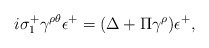
\begin{align*}i\sigma_1^+\gamma^{\rho\theta}\epsilon^+=(\Delta + \Pi \gamma^\rho)\epsilon^+,\end{align*}